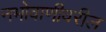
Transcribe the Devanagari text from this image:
नभोवाणीवरील